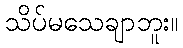
သိပ်မသေချာဘူး။